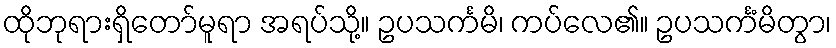
ထိုဘုရားရှိတော်မူရာ အရပ်သို့။ ဥပသင်္ကမိ၊ ကပ်လေ၏။ ဥပသင်္ကံမိတွာ၊